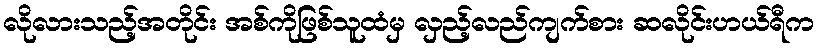
လိုလားသည့်အတိုင်း အစ်ကိုဖြစ်သူထံမှ လှည့်လည်ကျက်စား ဆလိုင်းဟယ်ရီက